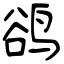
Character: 鹆